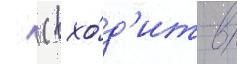
  (вхо́д'ит в